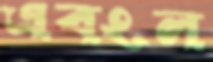
এবংল